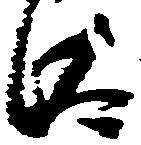
汰